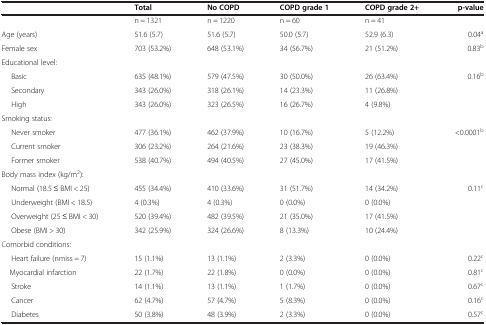
<table><thead><tr><td><b> </b></td><td><b>Total</b></td><td><b>No COPD</b></td><td><b>COPD grade 1</b></td><td><b>COPD grade 2+</b></td><td><b>p-value</b></td></tr></thead><tbody><tr><td> </td><td>n = 1321</td><td>n = 1220</td><td>n = 60</td><td>n = 41</td><td> </td></tr><tr><td>Age (years)</td><td>51.6 (5.7)</td><td>51.6 (5.7)</td><td>50.0 (5.7)</td><td>52.9 (6.3)</td><td>0.04<sup>a</sup></td></tr><tr><td>Female sex</td><td>703 (53.2%)</td><td>648 (53.1%)</td><td>34 (56.7%)</td><td>21 (51.2%)</td><td>0.83<sup>b</sup></td></tr><tr><td>Educational level:</td><td> </td><td> </td><td> </td><td> </td><td> </td></tr><tr><td>Basic</td><td>635 (48.1%)</td><td>579 (47.5%)</td><td>30 (50.0%)</td><td>26 (63.4%)</td><td rowspan="3">0.16<sup>b</sup></td></tr><tr><td>Secondary</td><td>343 (26.0%)</td><td>318 (26.1%)</td><td>14 (23.3%)</td><td>11 (26.8%)</td></tr><tr><td>High</td><td>343 (26.0%)</td><td>323 (26.5%)</td><td>16 (26.7%)</td><td>4 (9.8%)</td></tr><tr><td>Smoking status:</td><td> </td><td> </td><td> </td><td> </td><td> </td></tr><tr><td>Never smoker</td><td>477 (36.1%)</td><td>462 (37.9%)</td><td>10 (16.7%)</td><td>5 (12.2%)</td><td rowspan="3">&lt;0.0001<sup>b</sup></td></tr><tr><td>Current smoker</td><td>306 (23.2%)</td><td>264 (21.6%)</td><td>23 (38.3%)</td><td>19 (46.3%)</td></tr><tr><td>Former smoker</td><td>538 (40.7%)</td><td>494 (40.5%)</td><td>27 (45.0%)</td><td>17 (41.5%)</td></tr><tr><td>Body mass index (kg/m<sup>2</sup>):</td><td> </td><td> </td><td> </td><td> </td><td> </td></tr><tr><td>Normal (18.5 ≤ BMI &lt; 25)</td><td>455 (34.4%)</td><td>410 (33.6%)</td><td>31 (51.7%)</td><td>14 (34.2%)</td><td>0.11<sup>c</sup></td></tr><tr><td>Underweight (BMI &lt; 18.5)</td><td>4 (0.3%)</td><td>4 (0.3%)</td><td>0 (0.0%)</td><td>0 (0.0%)</td><td> </td></tr><tr><td>Overweight (25 ≤ BMI &lt; 30)</td><td>520 (39.4%)</td><td>482 (39.5%)</td><td>21 (35.0%)</td><td>17 (41.5%)</td><td> </td></tr><tr><td>Obese (BMI &gt; 30)</td><td>342 (25.9%)</td><td>324 (26.6%)</td><td>8 (13.3%)</td><td>10 (24.4%)</td><td> </td></tr><tr><td>Comorbid conditions:</td><td> </td><td> </td><td> </td><td> </td><td> </td></tr><tr><td>Heart failure (nmiss = 7)</td><td>15 (1.1%)</td><td>13 (1.1%)</td><td>2 (3.3%)</td><td>0 (0.0%)</td><td>0.22<sup>c</sup></td></tr><tr><td> Myocardial infarction</td><td>22 (1.7%)</td><td>22 (1.8%)</td><td>0 (0.0%)</td><td>0 (0.0%)</td><td>0.81<sup>c</sup></td></tr><tr><td>Stroke</td><td>14 (1.1%)</td><td>13 (1.1%)</td><td>1 (1.7%)</td><td>0 (0.0%)</td><td>0.67<sup>c</sup></td></tr><tr><td>Cancer</td><td>62 (4.7%)</td><td>57 (4.7%)</td><td>5 (8.3%)</td><td>0 (0.0%)</td><td>0.16<sup>c</sup></td></tr><tr><td>Diabetes</td><td>50 (3.8%)</td><td>48 (3.9%)</td><td>2 (3.3%)</td><td>0 (0.0%)</td><td>0.57<sup>c</sup></td></tr></tbody></table>